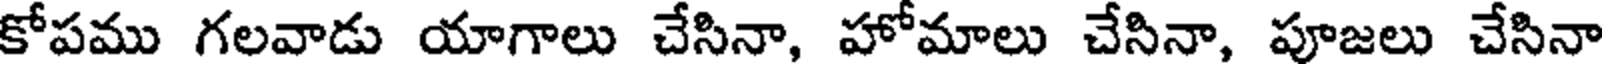
కోపము గలవాడు యాగాలు చేసినా, హోమాలు చేసినా, పూజలు చేసినా